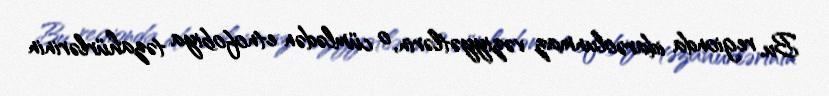
Bu, regionda idarəolunmaz vəziyyətlərin, o cümlədən etnofobiya təzahürlərinin